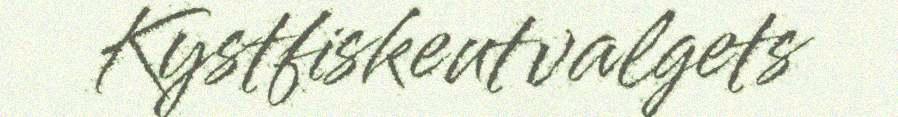
Kystfiskeutvalgets